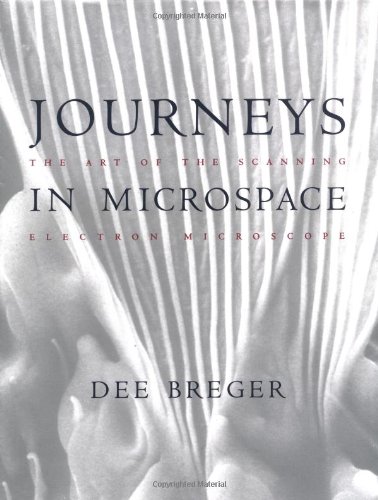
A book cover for Journeys in Microspace: The Art of the Scanning Electron; Dee Breger; Science & Math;